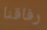
رفاقنا